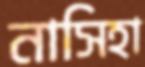
নাসিহা